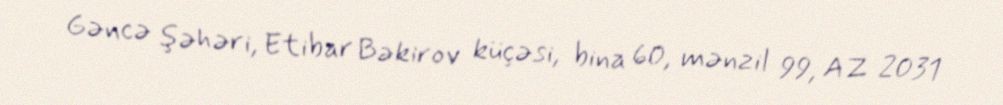
Gəncə şəhəri, Etibar Bəkirov küçəsi, bina 60, mənzil 99, AZ 2031